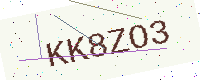
Text: KK8ZO3